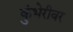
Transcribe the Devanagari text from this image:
कुंभेरीवर